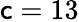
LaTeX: \mathsf{c}=13